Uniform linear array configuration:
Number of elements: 48
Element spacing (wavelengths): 0.75
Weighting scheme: hann
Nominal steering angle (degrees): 15
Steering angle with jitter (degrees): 15.717
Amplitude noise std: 0.05
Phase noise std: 0.05

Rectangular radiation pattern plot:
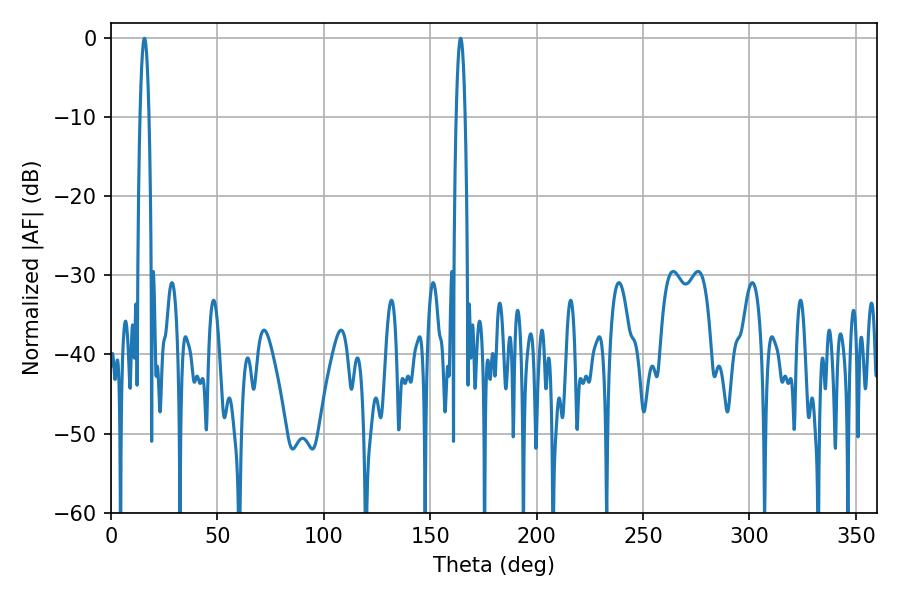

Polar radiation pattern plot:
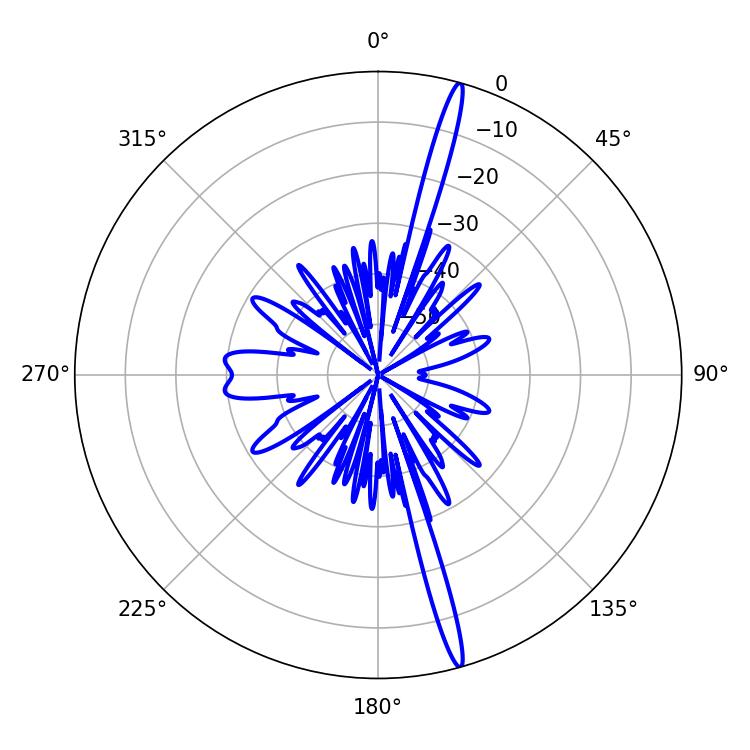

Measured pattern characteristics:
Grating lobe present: TRUE
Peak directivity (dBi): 19.276
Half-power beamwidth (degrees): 2.34
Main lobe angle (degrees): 15.66